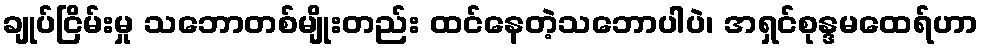
ချုပ်ငြိမ်းမှု သဘောတစ်မျိုးတည်း ထင်နေတဲ့သဘောပါပဲ၊ အရှင်စုန္ဒမထေရ်ဟာ